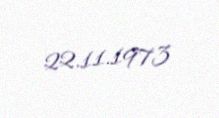
22.11.1973